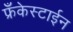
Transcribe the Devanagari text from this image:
फ्रँकेस्टाईन